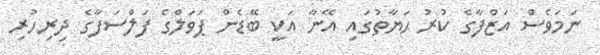
ނަމަވެސް އަޒްފާގެ ކުރު ޙަޔާތުގައި އޭނާ އަކީ ބޭޑެން ޕަވަލްގެ ފަލްސަފާގެ ދިރިހުރި